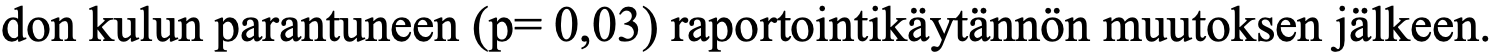
don kulun parantuneen (p= 0,03) raportointikäytännön muutoksen jälkeen.